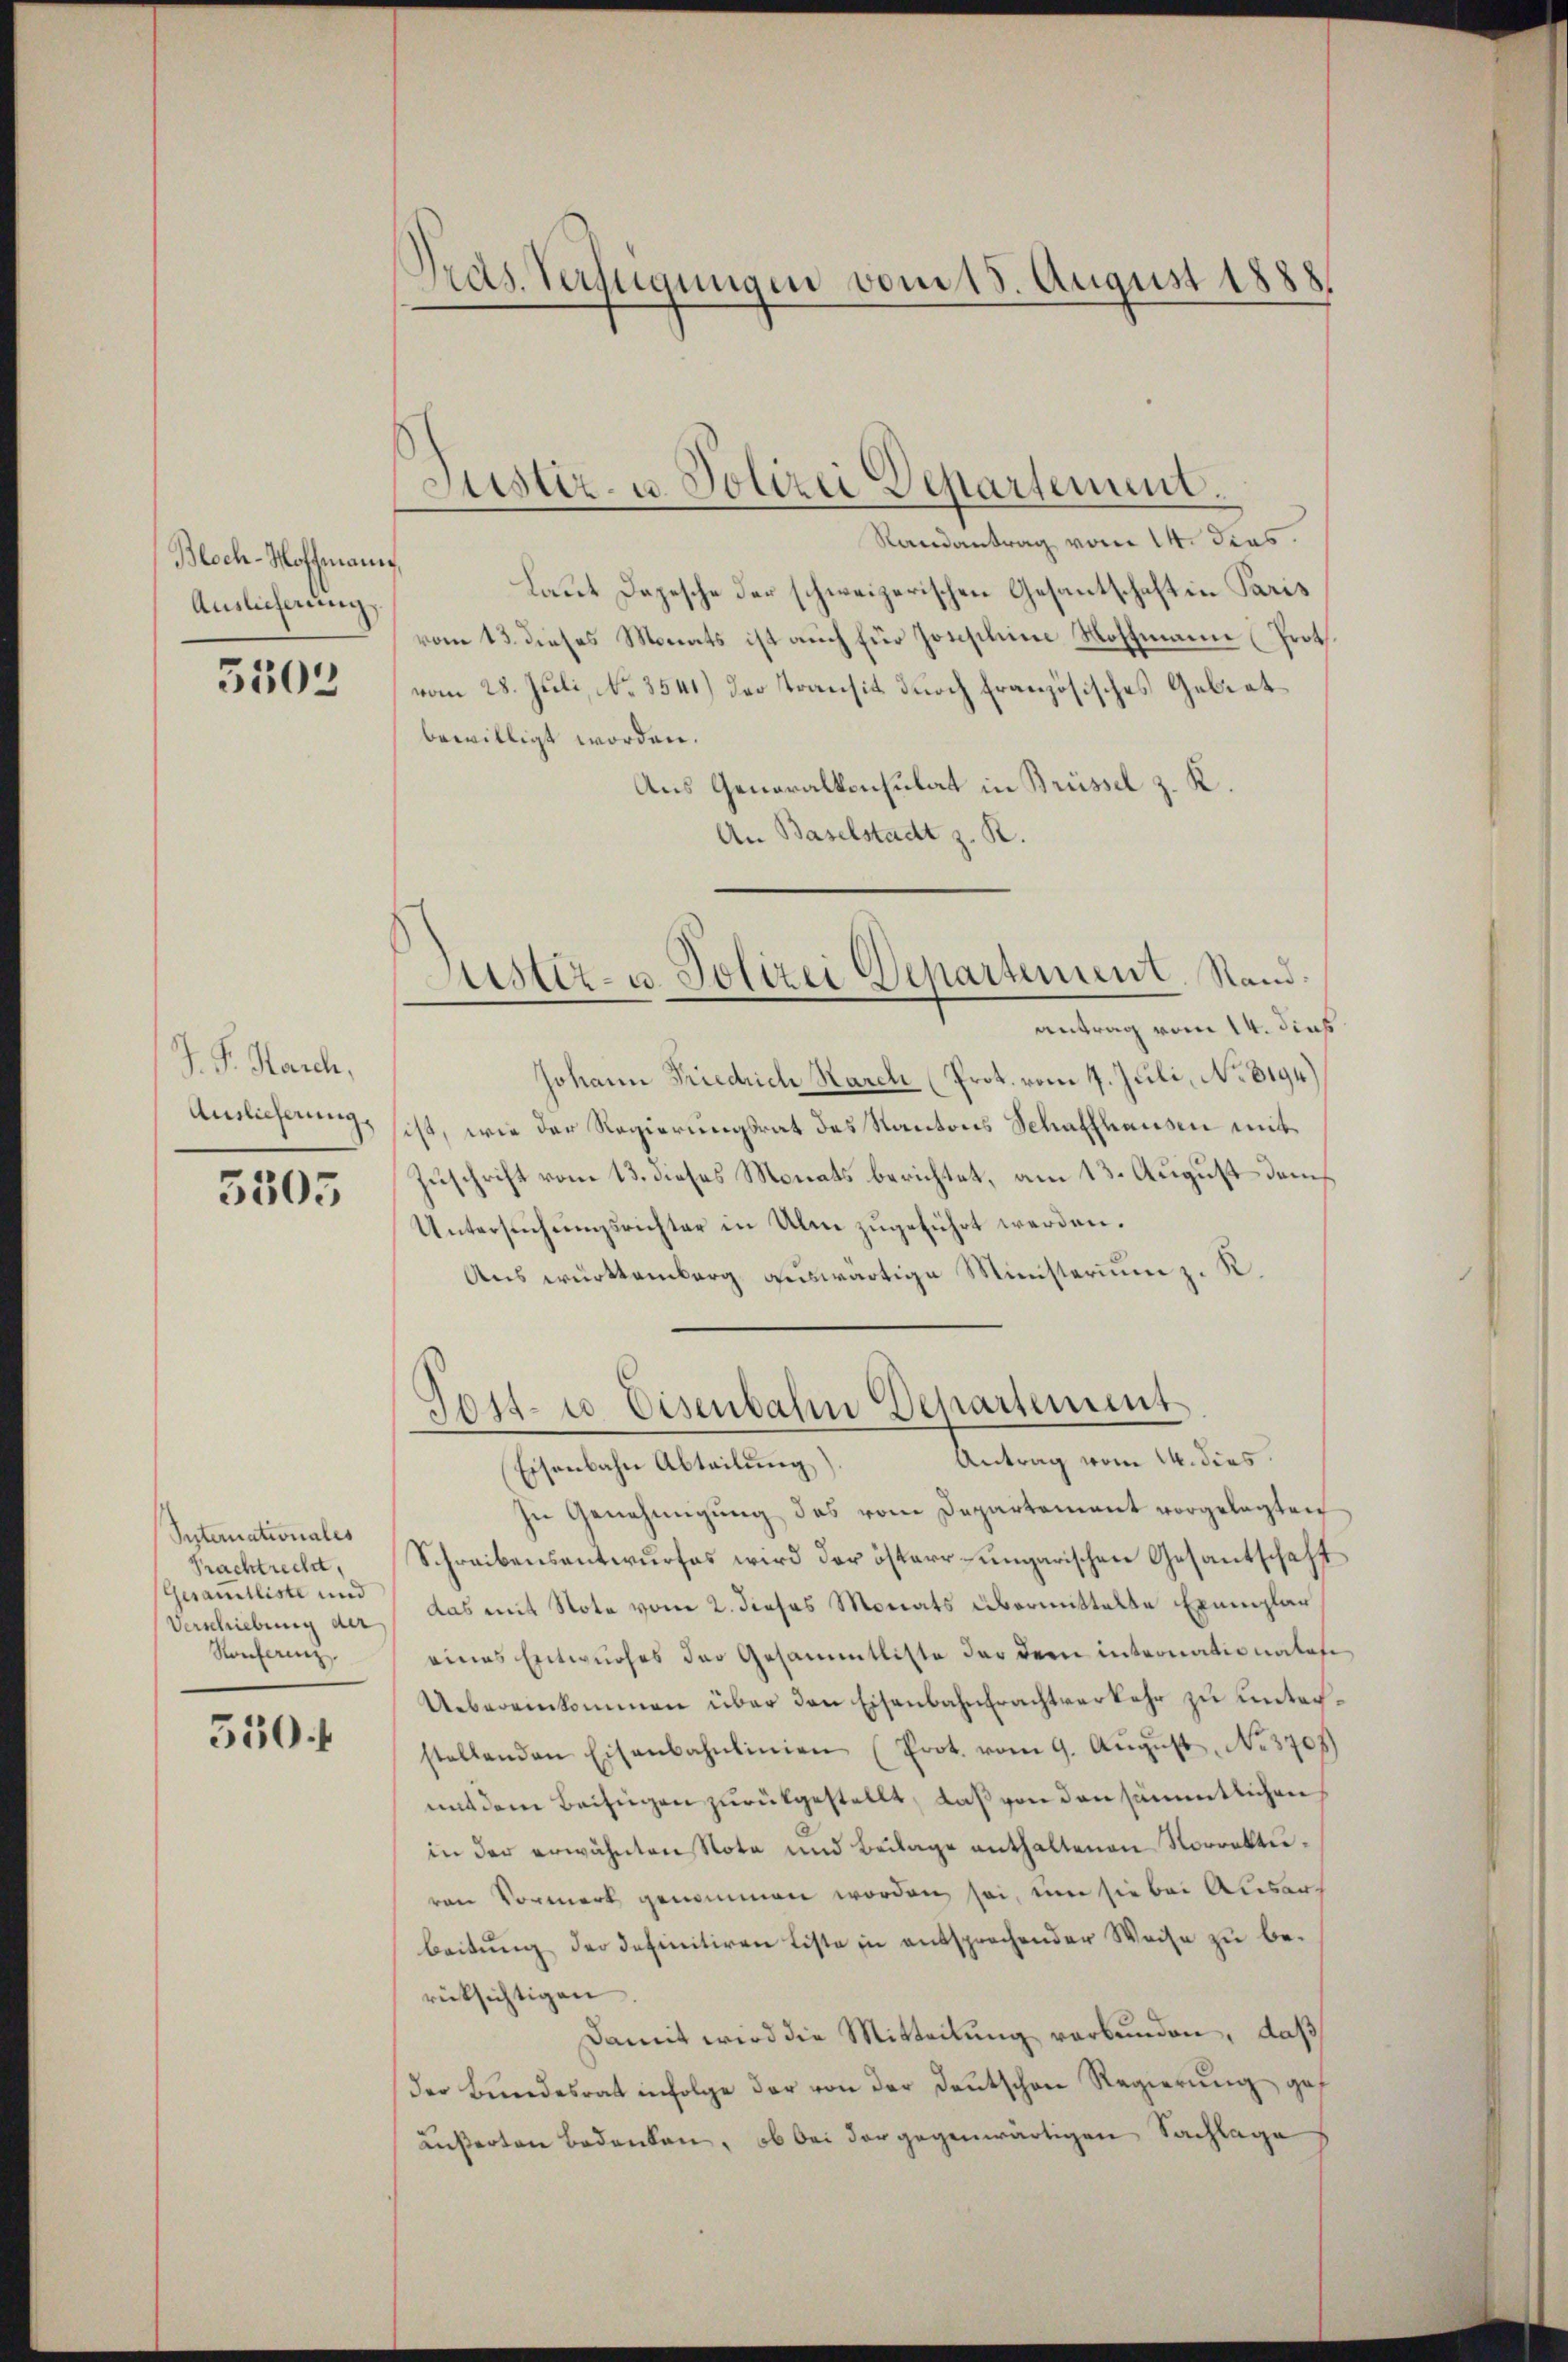
Bloch-Hoffmann
Auslieferung

5503

J. P. March,
Auslieferung,

3505

Internationales
Prachtrecht,
Gesamtliste und
Verschiebung der
Konferenz

550 f

Pras. Verfügungen vom 15. August 1888

Justiz- u. Polizei Departement.

Randantrag vom 14. dies
Laut Depesche der schweizerischen Gesantschaft in Paris
vom 13. dieses Monats ist auch für Josephine Hoffmann (Prot.
vom 28. Juli, No. 3541) der Transit durch französisches Gebiet
bewilligt worden.
Aus Generalkonsulat in Brüssel z. K.
An Baselstadt z. R.

Justiz- u. Polizei Departement. Stand:

antrag vom 14. dies
Johann Friedrich March (Prot. vom 4. Juli, No. 8194)
ist, wie der Regierungsrat des Kantons Schaffhausen mit
Zuschrift vom 13. dieses Monats berichtet, am 13. August dem
Untersŭchŭngsrichter in Ulm zŭgeführt werden.
Aus württemberg auswärtige Ministerium z. R.
Sendung von Seiter.
Eisenbahn Abteilung)
In Genehmigŭng des vom Departement vorgelegten
Schreibensentwurfes wird der österr-ungarischen Gesantschaft
das mit Note vom 2. dieses Monats übermittelte Exemplar
eines Entwurfes der Gesammtliste der dem internationales
Uebereinkommen über den Eisenbahntrachtverkehr zu unterstellenden Eisenbahnlinien (Prot. vom 9. Aŭgŭst No. 370
mit dem Beifügen zurükgestellt, daß von den sämmtlichen
in der erwähnten Nota und Beilage enthaltenen Vorrektivon Vormerk genommen worden sei, um sie bei Ausarbeitŭng der definitiren Liste in entsprechender Weise zŭ be-
rücksichtigen.
Damit wird die Mitteilung verbunden, daß
der Bundesrat infolge der von der Deutschen Regierung gef
äußerten Bedenken, ob bei der gegenwärtigen Sachlage

Post- u. Eisenbahn Departement